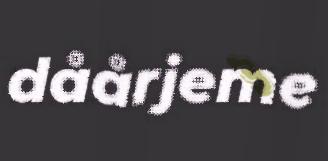
dåårjeme